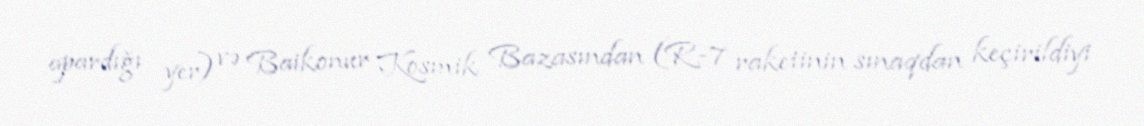
apardığı yer) və Baikonur Kosmik Bazasından (R-7 raketinin sınaqdan keçirildiyi